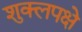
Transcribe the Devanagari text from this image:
शुक्लपक्षे